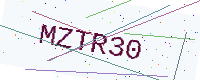
Text: MZTR30